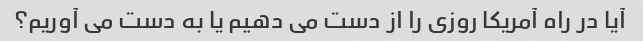
آیا در راه آمریکا روزی را از دست می دهیم یا به دست می آوریم؟